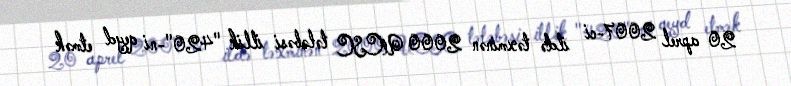
20 aprel 2007-ci ildə təxminən 2000 UCSC tələbəsi illik "420"-ni qeyd etmək